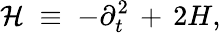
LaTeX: {\mathcal H}\; \equiv\; -\partial_{t}^{2}\, +\, 2H,